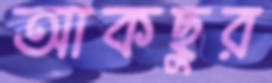
আকছুর